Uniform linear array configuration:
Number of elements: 32
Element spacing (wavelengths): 0.75
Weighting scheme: exponential
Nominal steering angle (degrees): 45
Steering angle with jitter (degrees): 43.739
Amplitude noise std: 0.05
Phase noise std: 0.05

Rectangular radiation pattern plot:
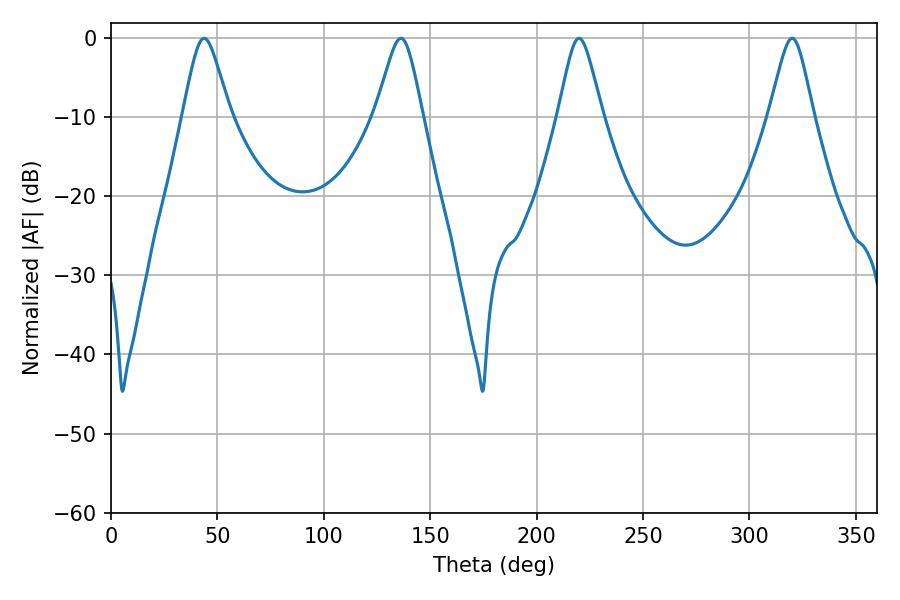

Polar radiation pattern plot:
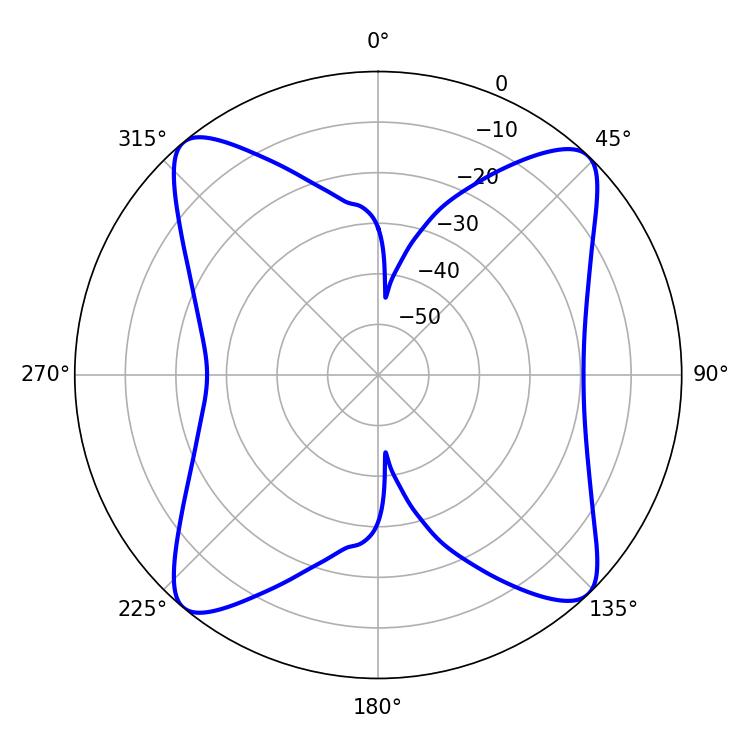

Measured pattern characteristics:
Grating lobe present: TRUE
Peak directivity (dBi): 15.804
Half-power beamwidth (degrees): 10.62
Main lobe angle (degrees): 43.74